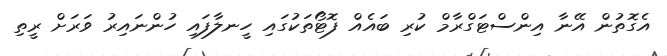
އެގޮތުން އޭނާ އިންސްޓަގްރާމް ކުރި ބައެއް ފޮޓޯތަކުގައި ހީނލާފައި ހުންނައިރު ވަރަށް ރީތި